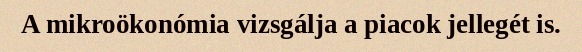
A mikroökonómia vizsgálja a piacok jellegét is.